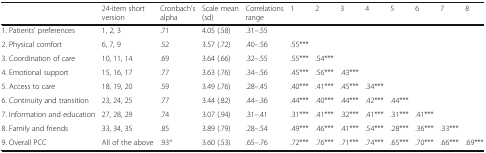
<table><thead><tr><td></td><td><b>24-item short version</b></td><td><b>Cronbach’s alpha</b></td><td><b>Scale mean (sd)</b></td><td><b>Correlations range</b></td><td><b>1</b></td><td><b>2</b></td><td><b>3</b></td><td><b>4</b></td><td><b>5</b></td><td><b>6</b></td><td><b>7</b></td><td><b>8</b></td></tr></thead><tbody><tr><td>1. Patients’ preferences</td><td>1, 2, 3</td><td>.71</td><td>4.05 (.58)</td><td>.31–.55</td><td></td><td></td><td></td><td></td><td></td><td></td><td></td><td></td></tr><tr><td>2. Physical comfort</td><td>6, 7, 9</td><td>.52</td><td>3.57 (.72)</td><td>.40–.56</td><td>.55***</td><td></td><td></td><td></td><td></td><td></td><td></td><td></td></tr><tr><td>3. Coordination of care</td><td>10, 11, 14</td><td>.69</td><td>3.64 (.66)</td><td>.32–.55</td><td>.55***</td><td>.54***</td><td></td><td></td><td></td><td></td><td></td><td></td></tr><tr><td>4. Emotional support</td><td>15, 16, 17</td><td>.77</td><td>3.63 (.76)</td><td>.34–.56</td><td>.45***</td><td>.56***</td><td>.43***</td><td></td><td></td><td></td><td></td><td></td></tr><tr><td>5. Access to care</td><td>18, 19, 20</td><td>.59</td><td>3.49 (.76)</td><td>.28–.45</td><td>.40***</td><td>.41***</td><td>.45***</td><td>.34***</td><td></td><td></td><td></td><td></td></tr><tr><td>6. Continuity and transition</td><td>23, 24, 25</td><td>.77</td><td>3.44 (.82)</td><td>.44–.36</td><td>.44***</td><td>.40***</td><td>.44***</td><td>.42***</td><td>.44***</td><td></td><td></td><td></td></tr><tr><td>7. Information and education</td><td>27, 28, 29</td><td>.74</td><td>3.07 (.94)</td><td>.31–.41</td><td>.31***</td><td>.41***</td><td>.32***</td><td>.41***</td><td>.31***</td><td>.41***</td><td></td><td></td></tr><tr><td>8. Family and friends</td><td>33, 34, 35</td><td>.85</td><td>3.89 (.79)</td><td>.28–.54</td><td>.49***</td><td>.46***</td><td>.41***</td><td>.54***</td><td>.28***</td><td>.36***</td><td>.33***</td><td></td></tr><tr><td>9. Overall PCC</td><td>All of the above</td><td>.93<sup>a</sup></td><td>3.60 (.53)</td><td>.65–.76</td><td>.72***</td><td>.76***</td><td>.71***</td><td>.74***</td><td>.65***</td><td>.70***</td><td>.66***</td><td>.69***</td></tr></tbody></table>